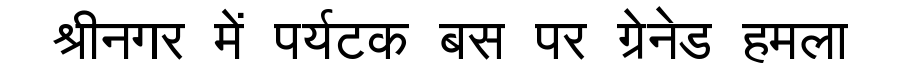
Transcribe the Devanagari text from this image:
श्रीनगर में पर्यटक बस पर ग्रेनेड हमला